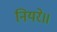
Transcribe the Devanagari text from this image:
नियरे॥